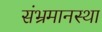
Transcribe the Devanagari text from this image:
संभ्रमानस्था